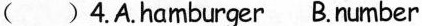
() 4.A.hamburger B.number